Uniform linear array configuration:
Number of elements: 12
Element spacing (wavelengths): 0.25
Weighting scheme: hamming
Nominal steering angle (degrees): -45
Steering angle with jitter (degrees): -45.986
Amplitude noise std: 0.05
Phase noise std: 0.05

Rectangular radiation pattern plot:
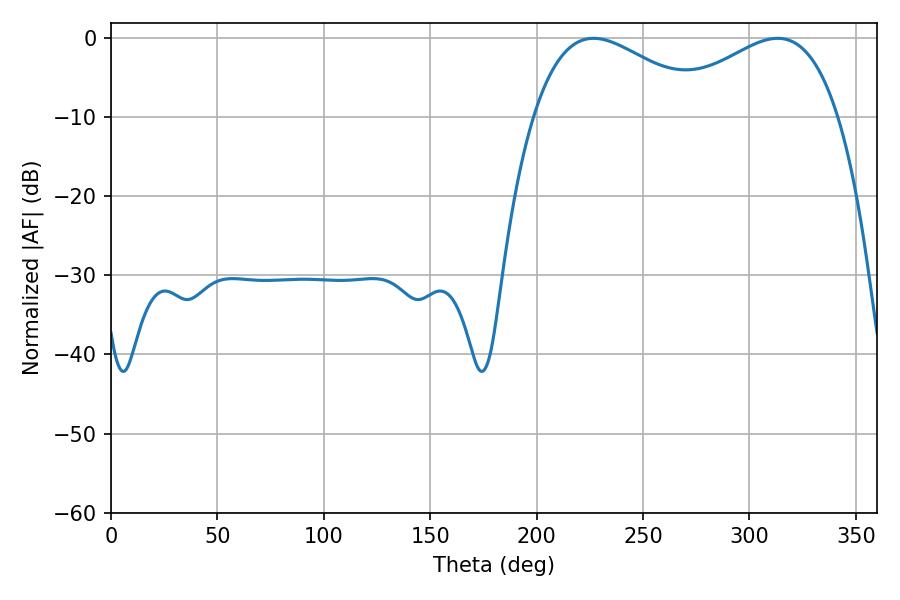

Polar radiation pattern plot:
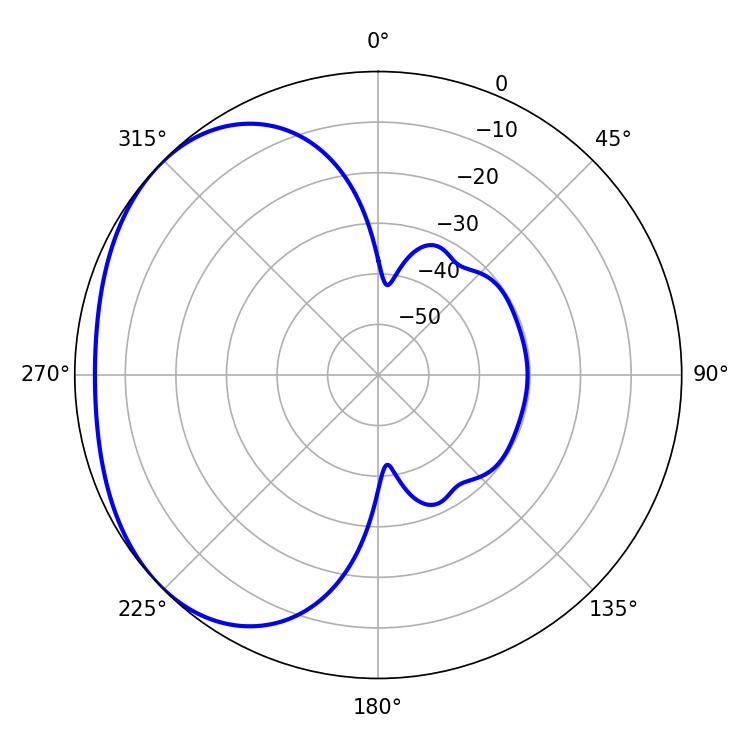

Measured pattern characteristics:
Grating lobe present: FALSE
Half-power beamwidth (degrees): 44.82
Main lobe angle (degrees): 226.8